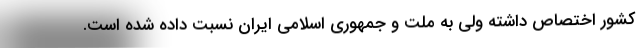
کشور اختصاص داشته ولی به ملت و جمهوری اسلامی ایران نسبت داده شده است.